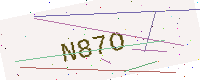
Text: N87O